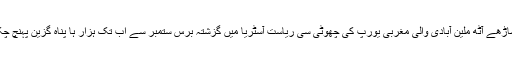
قريب ساڑھے آٹھ ملين آبادی والی مغربی يورپ کی چھوٹی سی رياست آسٹريا ميں گزشتہ برس ستمبر سے اب تک ہزار ہا پناہ گزين پہنچ چکے ہيں۔